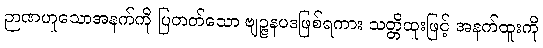
ဉာဏဟူသောအနက်ကို ပြတတ်သော ဗျဉ္ဇနပဒဖြစ်ရကား သတ္တိထူးဖြင့် အနက်ထူးကို